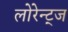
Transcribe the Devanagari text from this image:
लोरेन्ट्ज